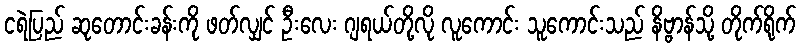
ငရဲပြည် ဆုတောင်းခန်းကို ဖတ်လျှင် ဦးလေး ဂျရယ်တို့လို လူကောင်း သူကောင်းသည် နိဗ္ဗာန်သို့ တိုက်ရိုက်